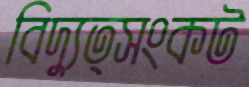
বিদ্যুত্সংকট